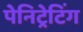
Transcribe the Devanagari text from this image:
पेनिट्रेटिंग